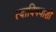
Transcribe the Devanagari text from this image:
त्याविषयाशी